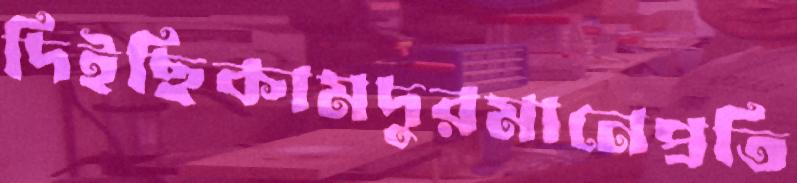
দিইছিকামদুরমানেপ্রতি